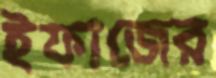
ইফাজের